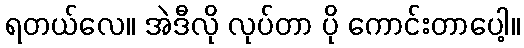
ရတယ်လေ။ အဲဒီလို လုပ်တာ ပို ကောင်းတာပေါ့။